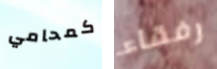
كمحامي رفقاء